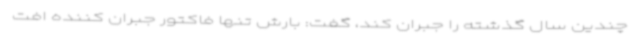
چندین سال گذشته را جبران کند، گفت: بارش تنها فاکتور جبران کننده افت